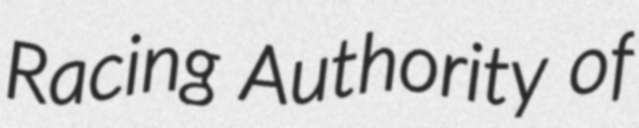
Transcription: Racing Authority of